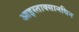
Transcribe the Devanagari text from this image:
आइस्ताक्सानथिन